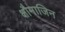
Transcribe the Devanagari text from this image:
क्षौमाजिन